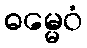
ဓမ္မေဝံ